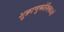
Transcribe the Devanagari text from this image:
शुक्राणुकोशिकाओं